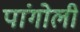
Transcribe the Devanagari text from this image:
पांगोली